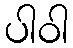
ပါဝါ